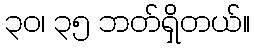
၃၀၊ ၃၅ ဘတ်ရှိတယ်။